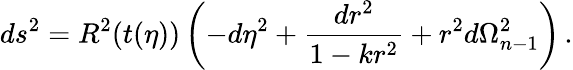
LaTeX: ds^{2}=R^{2}(t(\eta))\left(-d\eta^{2}+{\frac{dr^{2}}{1-kr^{2}}}+r^{2}d\Omega_{n-1}^{2}\right)\, .